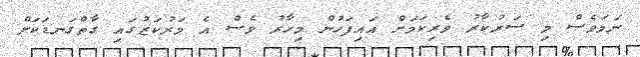
ނަމަވެސް މި ސަރުކާރު ވެރިކަމަށް އައިފަހުން މިހާރު ވެސް އެ މަރުކަޒުގައި ގާތްގަނޑަކަށް